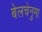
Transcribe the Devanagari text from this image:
बेलचेनुमा